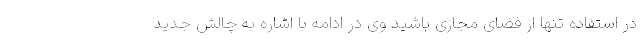
در استفاده تنها از فضای مجازی باشید وی در ادامه با اشاره به چالش جدید